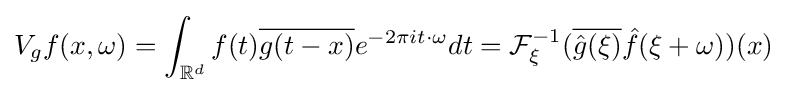
V_{g}f(x,\omega )=\int _{\mathbb {R} ^{d}}f(t){\overline {g(t-x)}}e^{-2\pi it\cdot \omega }dt={\mathcal {F}}_{\xi }^{-1}({\overline {{\hat {g}}(\xi )}}{\hat {f}}(\xi +\omega ))(x)